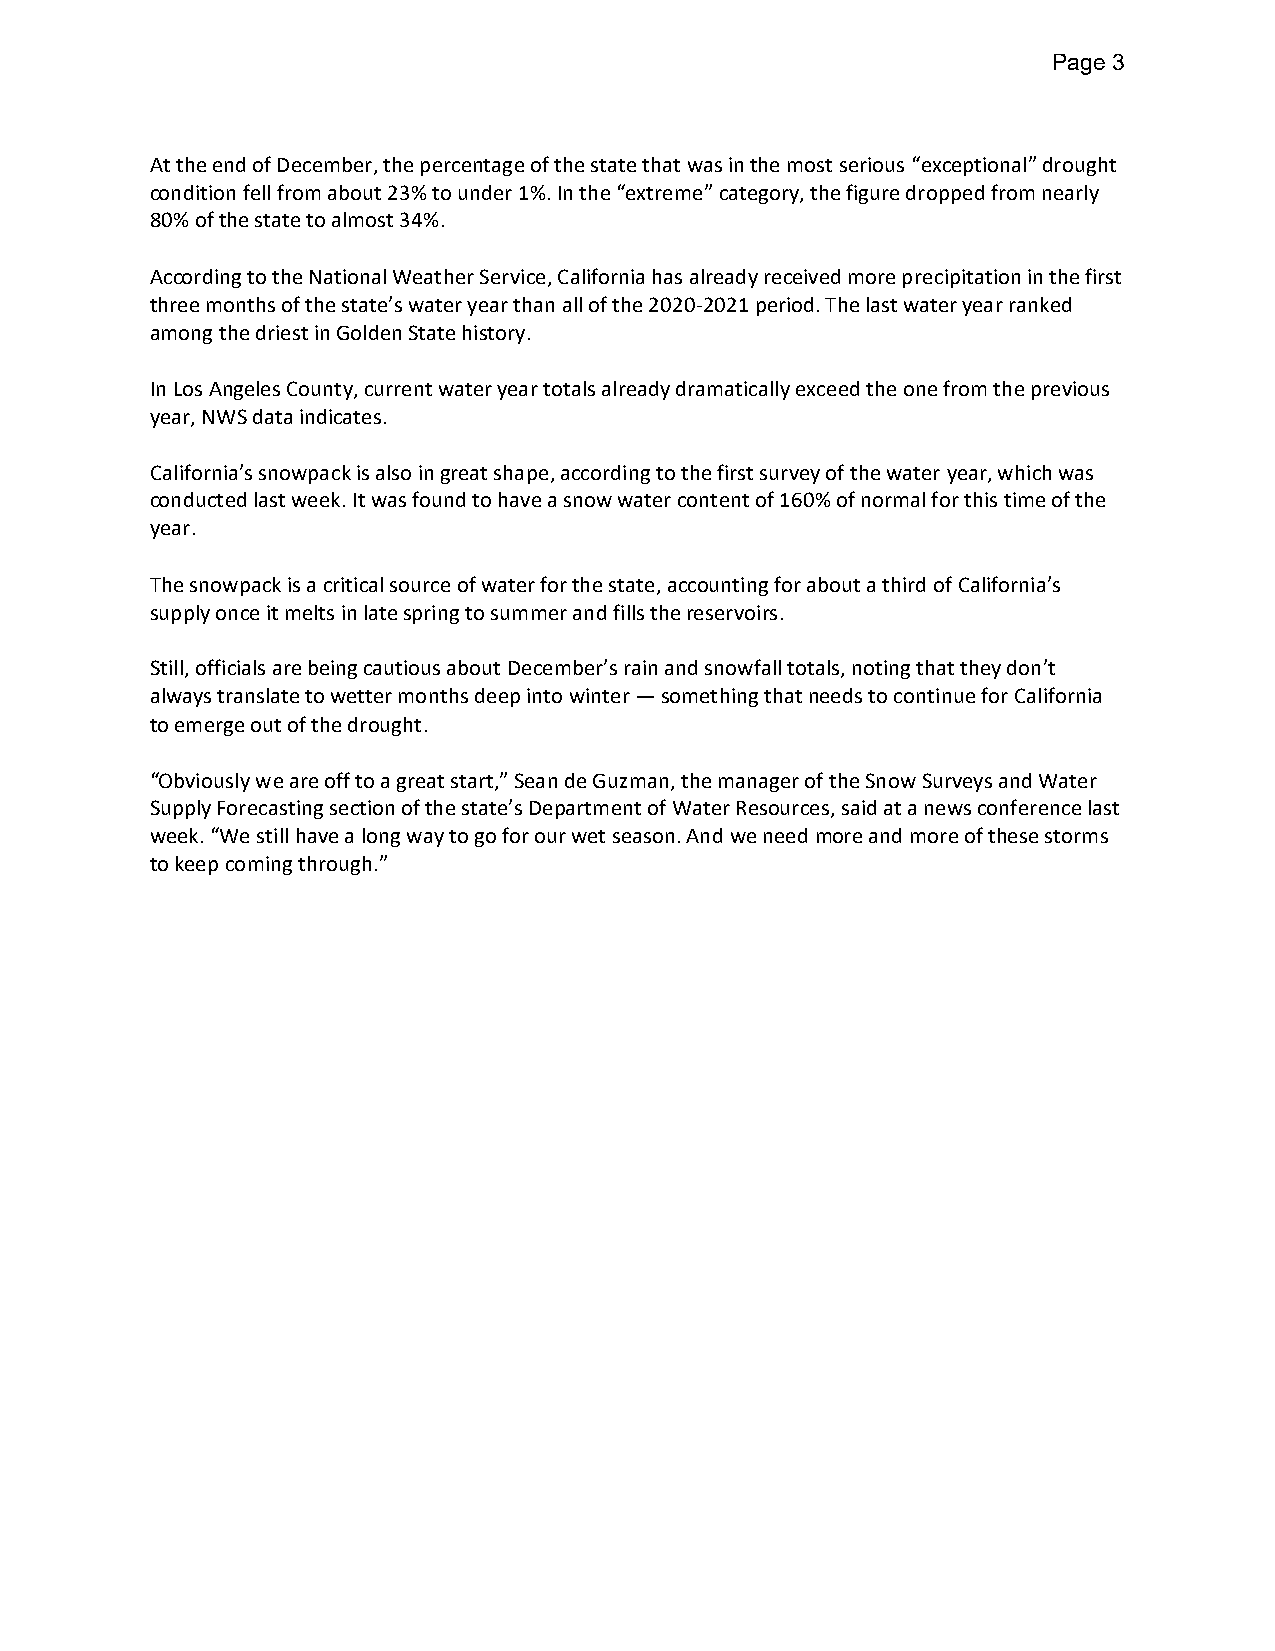
Page 3
 At the end of December, the percentage of the state that was in the most serious “exceptional” drought
 condition fell from about 23% to under 1%. In the “extreme” category, the figure dropped from nearly
 80% of the state to almost 34%.
 According to the National Weather Service, California has already received more precipitation in the first
 three months of the state’s water year than all of the 2020-2021 period. The last water year ranked
 among the driest in Golden State history.
 In Los Angeles County, current water year totals already dramatically exceed the one from the previous
 year, NWS data indicates.
 California’s snowpack is also in great shape, according to the first survey of the water year, which was
 conducted last week. It was found to have a snow water content of 160% of normal for this time of the
 year.
 The snowpack is a critical source of water for the state, accounting for about a third of California’s
 supply once it melts in late spring to summer and fills the reservoirs.
 Still, officials are being cautious about December’s rain and snowfall totals, noting that they don’t
 always translate to wetter months deep into winter — something that needs to continue for California
 to emerge out of the drought.
 “Obviously we are off to a great start,” Sean de Guzman, the manager of the Snow Surveys and Water
 Supply Forecasting section of the state’s Department of Water Resources, said at a news conference last
 week. “We still have a long way to go for our wet season. And we need more and more of these storms
 to keep coming through.”